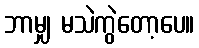
ဘာမျှ မသဲကွဲတော့ပေ။